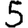
Digit: 5